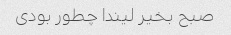
صبح بخیر لیندا چطور بودی